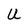
Character: U